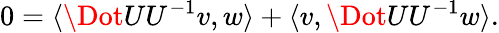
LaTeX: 0=\langle\Dot{U}U^{-1}v,w\rangle+\langle v,\Dot{U}U^{-1}w\rangle.